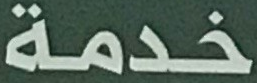
خدمة